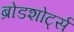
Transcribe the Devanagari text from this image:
ब्रोडशोर्ट्स